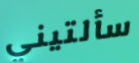
سألتيني